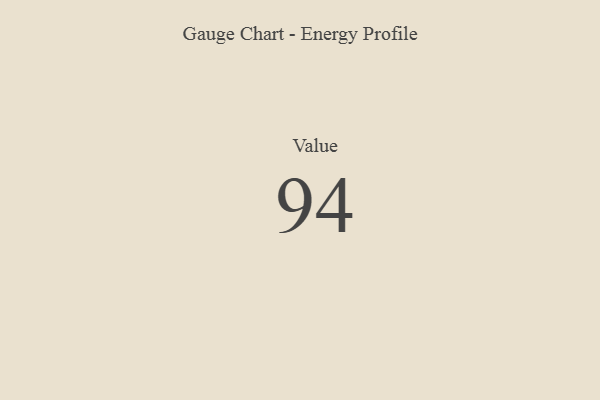
{"axis": {"x": "Metric", "y": "Value"}, "legend": [""], "data": [{"x": "Value", "y": 94, "type": ""}]}